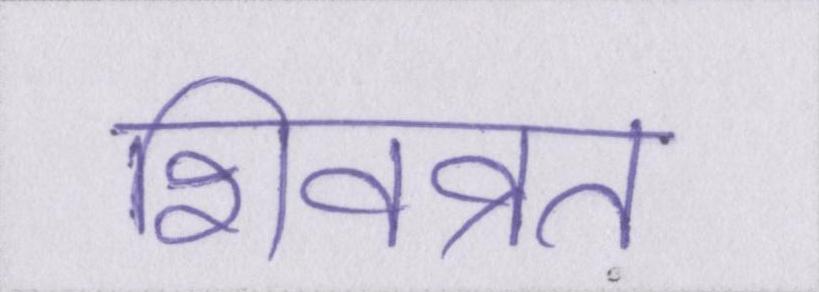
शिवव्रत